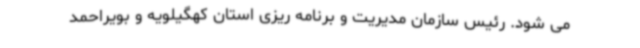
می شود. رئیس سازمان مدیریت و برنامه ریزی استان کهگیلویه و بویراحمد